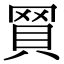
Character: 𧵽